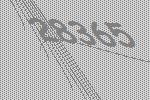
28365